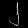
Digit: ၂